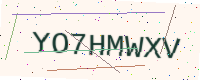
Text: YO7HMWXV